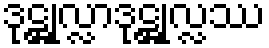
ဒုဋ္ဌုလ္လာဒုဋ္ဌုလ္လဿ